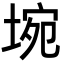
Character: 埦